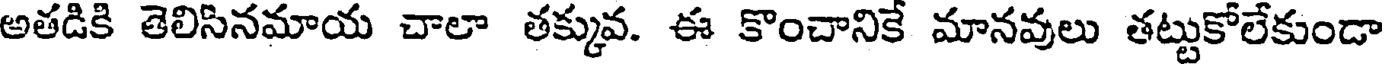
అతడికి తెలిసినమాయ చాలా తక్కువ. ఈ కొంచానికే మానవులు తట్టుకోలేకుండా